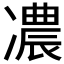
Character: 𠘊